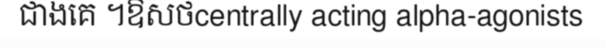
ជាងគេ ។ឱសថcentrally acting alpha-agonists